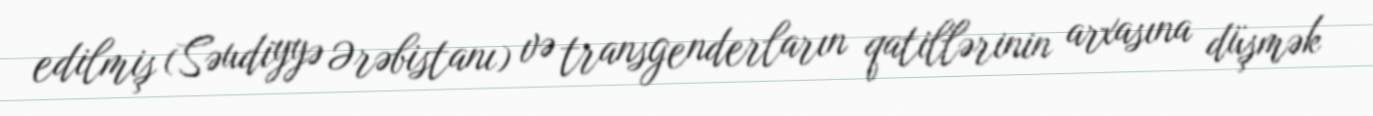
edilmiş (Səudiyyə Ərəbistanı) və transgenderların qatillərinin arxasına düşmək